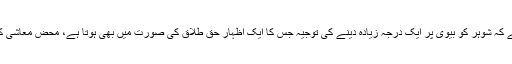
یہ نکتہ بھی اس امر کو واضح کرتا ہے کہ شوہر کو بیوی پر ایک درجہ زیادہ دینے کی توجیہ جس کا ایک اظہار حق طلاق کی صورت میں بھی ہوتا ہے، محض معاشی کفالت کے اصول پر نہیں کی جا سکتی۔